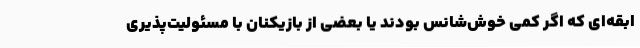
ابقه‌ای که اگر کمی خوش‌شانس بودند یا بعضی از بازیکنان با مسئولیت‌پذیری